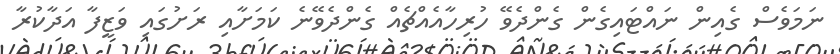
ނަމަވެސް ގެއިން ނައްޓައިގެން ގެންދެވޭ ހުރިހާއެއްޗެއް ގެންދެވޭނެ ކަމަށާއި ރަށުގައި ވަޒީފާ އަދާކުރާ